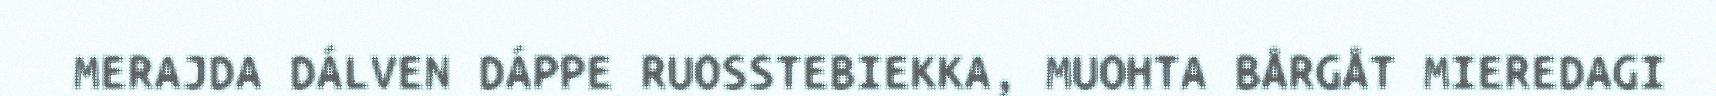
MERAJDA DÁLVEN DÁPPE RUOSSTEBIEKKA, MUOHTA BÅRGÅT MIEREDAGI